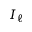
I _ { \ell }